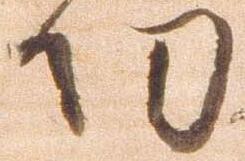
功